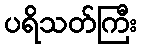
ပရိသတ်ကြီး